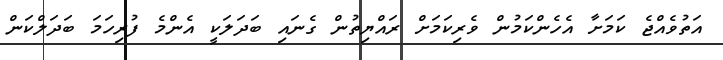
އަތުވެއްޖެ ކަމަށާ އެހެންކަމުން ވެރިކަމަށް ރައްޔިތުން ގެނައި ބަދަލަކީ އެންމެ ފުރިހަމަ ބަދަލްކަން